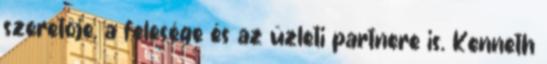
szeretője, a felesége és az üzleti partnere is. Kenneth